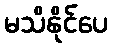
မသိနိုင်ပေ